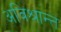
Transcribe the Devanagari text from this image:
अविश्रान्त